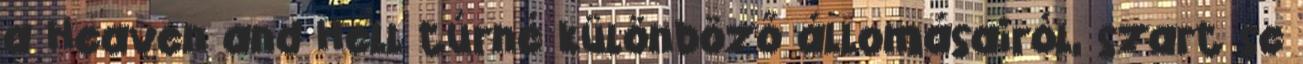
a Heaven and Hell túrné különböző állomásairól, szart se